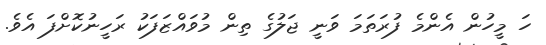
ހަ މީހުން އެންމެ ފުރަތަމަ ވަނީ ޖަލުގެ ތިން މުވައްޒަފަކު ރަހީނުކޮށްފަ އެވެ.